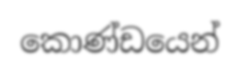
කොණ්ඩයෙන්